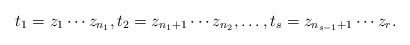
\begin{align*}t_1 = z_1 \cdots z_{n_1}, t_2 = z_{n_1+1} \cdots z_{n_2}, \dots, t_s = z_{n_{s-1}+1} \cdots z_r.\end{align*}